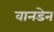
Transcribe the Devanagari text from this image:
वानडेन